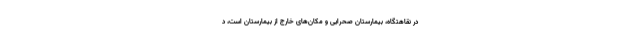
در نقاهتگاه، بیمارستان صحرایی و مکان‌های خارج از بیمارستان است، د